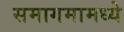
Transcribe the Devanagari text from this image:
समागमामध्ये